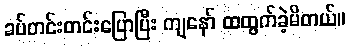
ခပ်တင်းတင်းပြောပြီး ကျနော် ထထွက်ခဲ့မိတယ်။